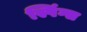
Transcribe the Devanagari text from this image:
स्पिंग्स